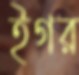
ইগর